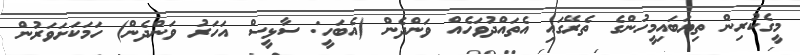
މީގެކުރިން ތިޔަބައިމީހުންގެ ތެރޭގައި އެތައްދުވަހެއް ވަންދެން (އެބަހީ: ސާޅީސް އަހަރު ވަންދެން) ހަމަކަށަވަރުން